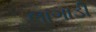
લાગાડી